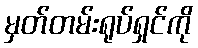
မှတ်တမ်းရုပ်ရှင်ကို